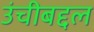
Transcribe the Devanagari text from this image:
उंचीबद्दल